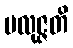
ပလုဇ္ဇတိ